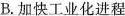
B.加快工业化进程